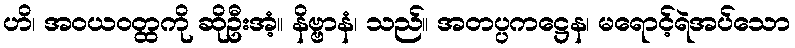
ဟိ၊ အဝယဝတ္ထကို ဆိုဦးအံ့။ နိဗ္ဗာနံ၊ သည်။ အတပ္ပကဋ္ဌေန၊ မရောင့်ရဲအပ်သော